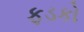
ફડકો